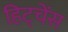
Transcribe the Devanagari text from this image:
हिट्चेंस